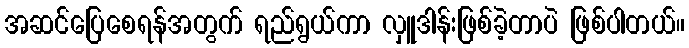
အဆင်ပြေစေရန်အတွက် ရည်ရွယ်ကာ လှူဒါန်းဖြစ်ခဲ့တာပဲ ဖြစ်ပါတယ်။